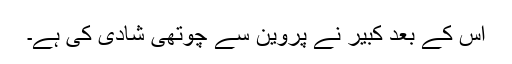
اس کے بعد کبیر نے پروین سے چوتھی شادی کی ہے۔